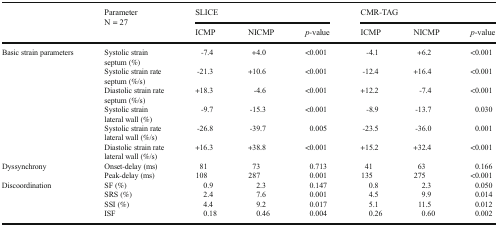
| <ROWSPAN=2>  | <ROWSPAN=2> ParameterN = 27 | <COLSPAN=3> SLICE | <COLSPAN=3> CMR-TAG |
 | ICMP | NICMP | p-value | ICMP | NICMP | p-value |
 | --- | --- | --- | --- | --- | --- | --- | --- |
 | <ROWSPAN=6> Basic strain parameters | Systolic strainseptum (%) | -7.4 | +4.0 | <0.001 | -4.1 | +6.2 | <0.001 |
 | Systolic strain rateseptum (%/s) | -21.3 | +10.6 | <0.001 | -12.4 | +16.4 | <0.001 |
 | Diastolic strain rateseptum (%/s) | +18.3 | -4.6 | <0.001 | +12.2 | -7.4 | <0.001 |
 | Systolic strainlateral wall (%) | -9.7 | -15.3 | <0.001 | -8.9 | -13.7 | 0.030 |
 | Systolic strain ratelateral wall (%/s) | -26.8 | -39.7 | 0.005 | -23.5 | -36.0 | 0.001 |
 | Diastolic strain ratelateral wall (%/s) | +16.3 | +38.8 | <0.001 | +15.2 | +32.4 | <0.001 |
 | <ROWSPAN=2> Dyssynchrony | Onset-delay (ms) | 81 | 73 | 0.713 | 41 | 63 | 0.166 |
 | Peak-delay (ms) | 108 | 287 | 0.001 | 135 | 275 | <0.001 |
 | <ROWSPAN=4> Discoordination | SF (%) | 0.9 | 2.3 | 0.147 | 0.8 | 2.3 | 0.050 |
 | SRS (%) | 2.4 | 7.6 | 0.001 | 4.5 | 9.9 | 0.014 |
 | SSI (%) | 4.4 | 9.2 | 0.017 | 5.1 | 11.5 | 0.012 |
 | ISF | 0.18 | 0.46 | 0.004 | 0.26 | 0.60 | 0.002 |